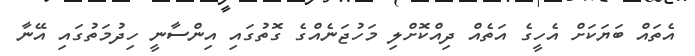
އެތައް ބަޔަކަށް އެހީގެ އަތެއް ދިއްކޮށްލި މަހުޖަނެއްގެ ގޮތުގައި އިންސާނީ ހިދުމަތުގައި އޭނާ